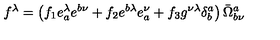
f ^ { \lambda } = \left( f _ { 1 } e _ { a } ^ { \lambda } e ^ { b \nu } + f _ { 2 } e ^ { b \lambda } e _ { a } ^ { \nu } + f _ { 3 } g ^ { \nu \lambda } \delta _ { b } ^ { a } \right) \bar { \Omega } _ { b \nu } ^ { a }